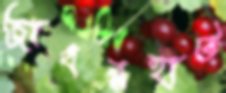
জাবরহাট